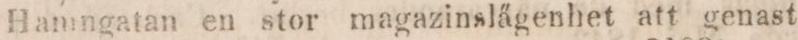
Hamngatan en stor magazinslägenhet att genast